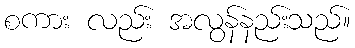
စကား လည်း အလွန်နည်းသည်။